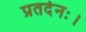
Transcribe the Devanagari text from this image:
प्रतर्दनः।